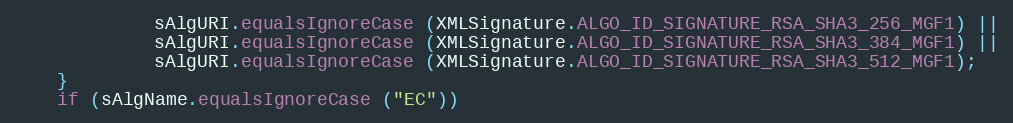
Language: Java
             sAlgURI.equalsIgnoreCase (XMLSignature.ALGO_ID_SIGNATURE_RSA_SHA3_256_MGF1) ||
             sAlgURI.equalsIgnoreCase (XMLSignature.ALGO_ID_SIGNATURE_RSA_SHA3_384_MGF1) ||
             sAlgURI.equalsIgnoreCase (XMLSignature.ALGO_ID_SIGNATURE_RSA_SHA3_512_MGF1);
    }
    if (sAlgName.equalsIgnoreCase ("EC"))